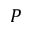
P